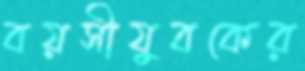
বয়সীযুবকের